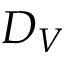
D _ { V }